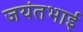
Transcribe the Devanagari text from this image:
जयंतभाई